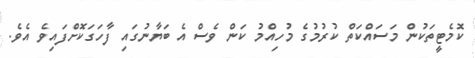
ކޮމެޓީތަކުން މަސައްކަތް ކުރުމުގެ މުހިއްމު ކަން ވެސް އެ ބަޔާނުގައި ފާހަގަކޮށްފައިވެ އެވެ.